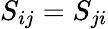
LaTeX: S_{ij}=S_{ji}